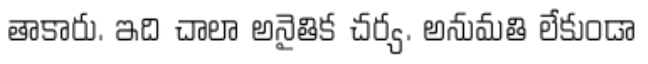
తాకారు. ఇది చాలా అనైతిక చర్య. అనుమతి లేకుండా